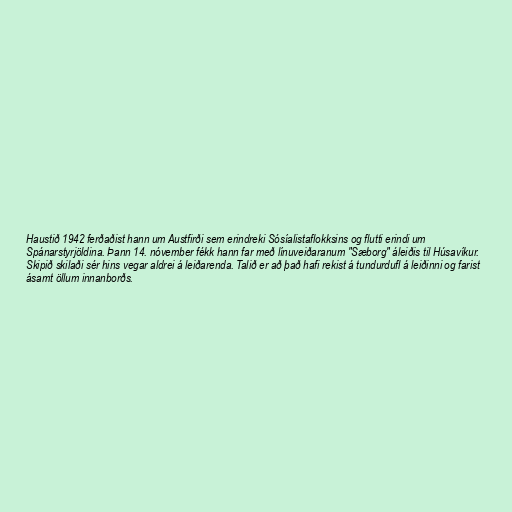
Haustið 1942 ferðaðist hann um Austfirði sem erindreki Sósíalistaflokksins og flutti erindi um
Spánarstyrjöldina. Þann 14. nóvember fékk hann far með línuveiðaranum "Sæborg" áleiðis til Húsavíkur.
Skipið skilaði sér hins vegar aldrei á leiðarenda. Talið er að það hafi rekist á tundurdufl á leiðinni og farist
ásamt öllum innanborðs.